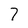
Character: 7